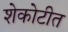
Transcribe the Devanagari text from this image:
शेकोटीत